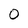
Character: 0